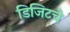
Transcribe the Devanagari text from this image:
डिजिटचे